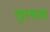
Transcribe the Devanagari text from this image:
तुलवा